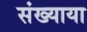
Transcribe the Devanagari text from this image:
संख्याया